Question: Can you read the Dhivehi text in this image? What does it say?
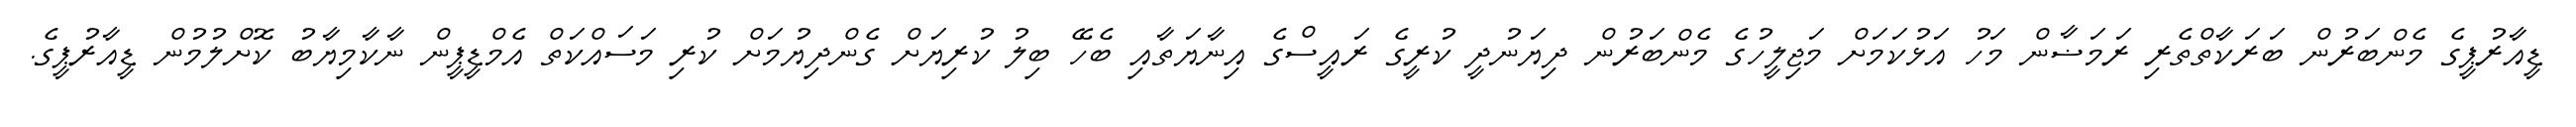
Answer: ޑީއާރުޕީގެ މެންބަރުން ބަރަކާތްތެރި ރަމަޟާން މަހު އަޅުކަމަށް މަޖިލީހުގެ މެންބަރުން ދިޔަނުދީ ކުރީގެ ރައީސްގެ އިނާޔަތާއި ބެހޭ ބިލު ކުރިޔަށް ގެންދިޔުމަށް ކުރި މަސައްކަތް އެމްޑީޕީން ނާކާމިޔާބު ކޮށްލުމުން ޑީއާރުޕީގެ.